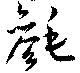
毿